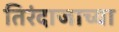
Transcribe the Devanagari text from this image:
तिरंदाजाच्या